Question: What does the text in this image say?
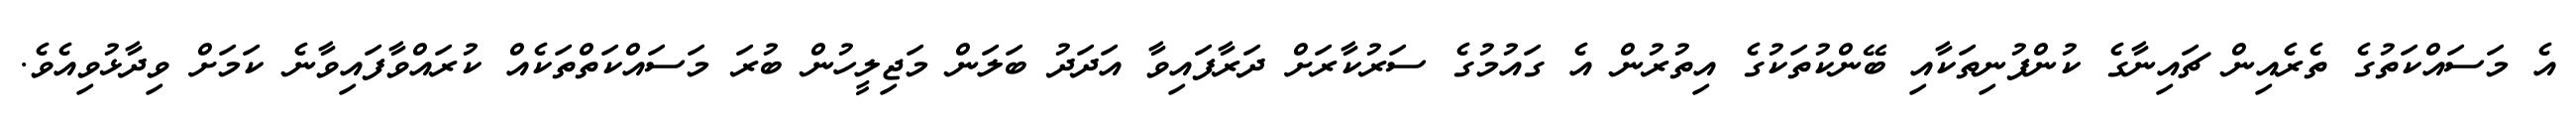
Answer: އެ މަސައްކަތުގެ ތެރެއިން ޗައިނާގެ ކުންފުނިތަކާއި ބޭންކުތަކުގެ އިތުރުން އެ ގައުމުގެ ސަރުކާރަށް ދަރާފައިވާ އަދަދު ބަލަން މަޖިލީހުން ބުރަ މަސައްކަތްތަކެއް ކުރައްވާފައިވާނެ ކަމަށް ވިދާޅުވިއެވެ.